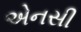
એનસી